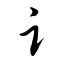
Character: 讠